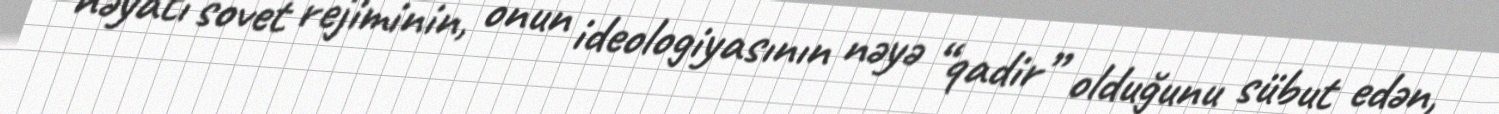
həyatı sovet rejiminin, onun ideologiyasının nəyə “qadir” olduğunu sübut edən,